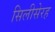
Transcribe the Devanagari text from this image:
सिलीसेरह